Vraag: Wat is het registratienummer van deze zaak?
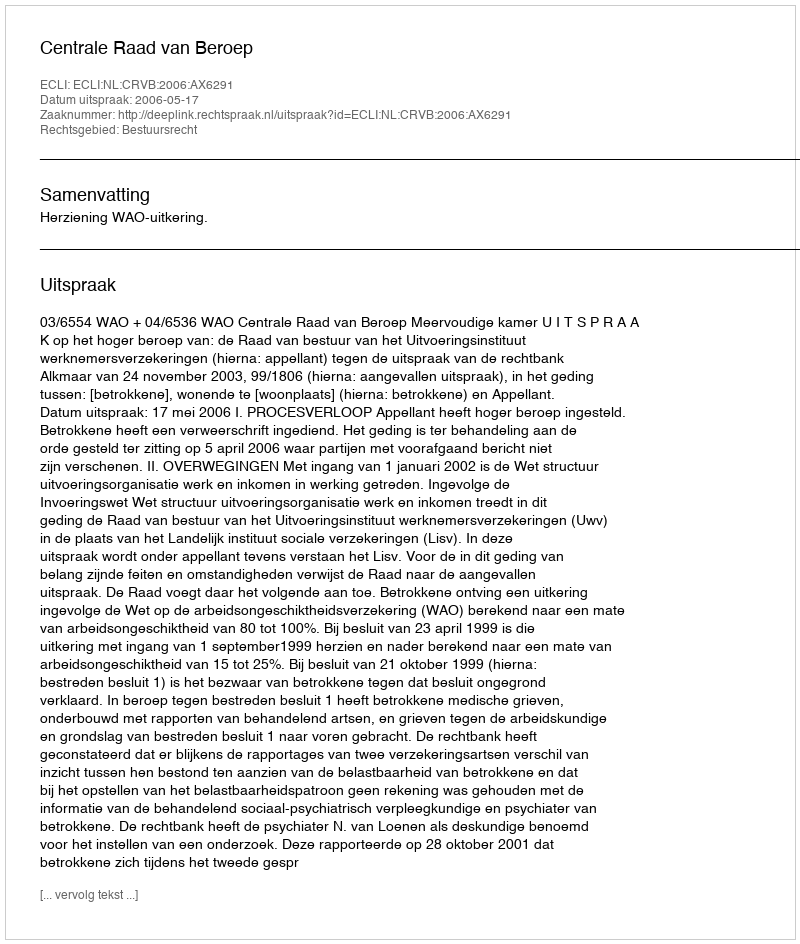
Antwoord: http://deeplink.rechtspraak.nl/uitspraak?id=ECLI:NL:CRVB:2006:AX6291